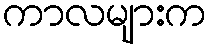
ကာလများက